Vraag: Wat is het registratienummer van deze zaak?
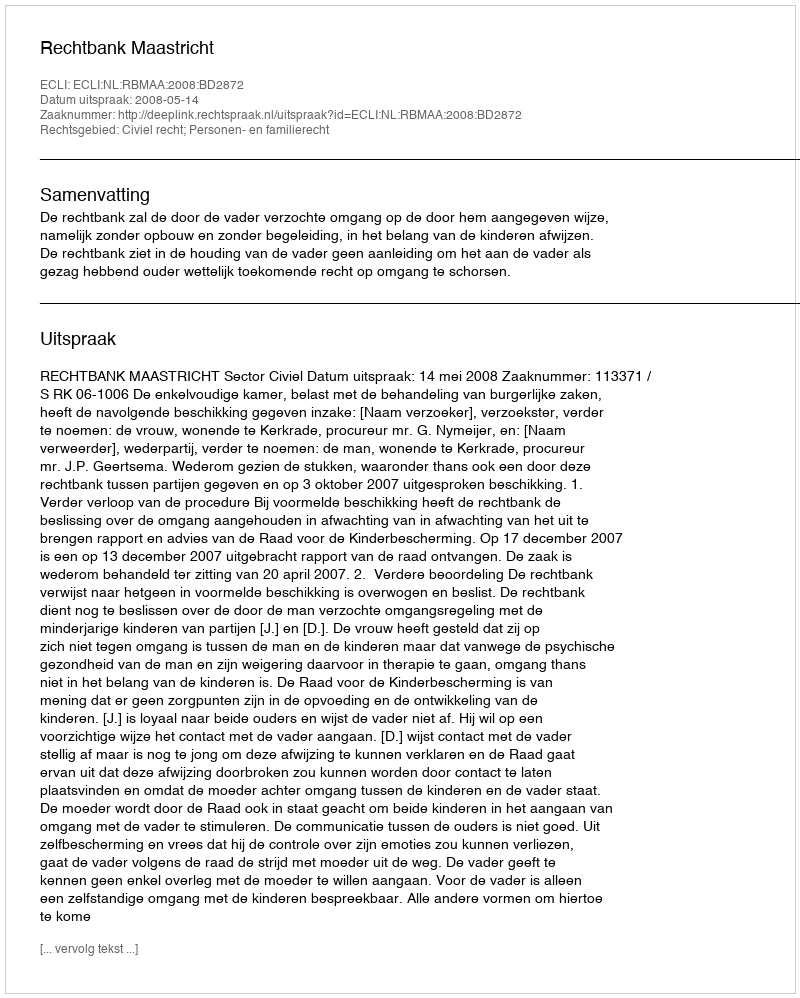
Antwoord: http://deeplink.rechtspraak.nl/uitspraak?id=ECLI:NL:RBMAA:2008:BD2872